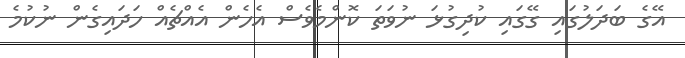
އޭގެ ބަދަލުގައި ގޭގައި ކުދިގުޅަ ނުވަތަ ކޮންމެވެސް އެހެން އެއްޗެއް ހަދައިގެން ނުކުމެ